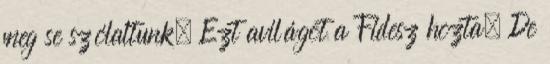
meg se szólaltunk. Ezt avilágot a Fidesz hozta. De